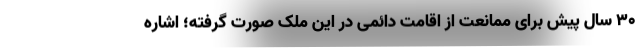
30 سال پیش برای ممانعت از اقامت دائمی در این ملک صورت گرفته؛ اشاره